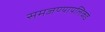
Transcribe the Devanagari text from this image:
समजण्यापलिकडे